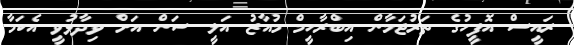
ރައީސް އޮފީހުގެ ތަރުޖަމާން އިބްރާހީމް މުއާޒު އަލީ ސަން އަށް ވިދާޅުވީ އެކަމާ